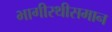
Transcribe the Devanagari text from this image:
भागीरथीसमान